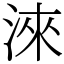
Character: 淶